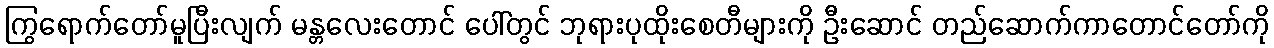
ကြွရောက်တော်မူပြီးလျက် မန္တလေးတောင် ပေါ်တွင် ဘုရားပုထိုးစေတီများကို ဦးဆောင် တည်ဆောက်ကာတောင်တော်ကို